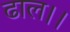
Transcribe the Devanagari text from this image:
ढाल।।